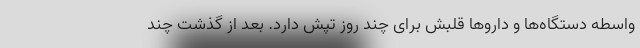
واسطه دستگاه‌ها و داروها قلبش برای چند روز تپش دارد. بعد از گذشت چند